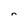
Character: n